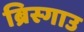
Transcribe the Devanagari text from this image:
ब्रिस्गाउ